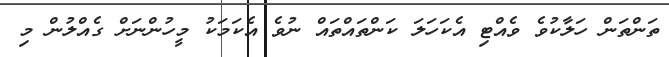
ތަންތަން ހަލާކުވެ ވެއްޓި އެކަހަލަ ކަންތައްތައް ނުވެ އެކަމަކު މީހުންނަށް ގެއްލުން މި